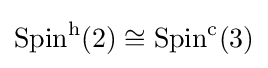
\operatorname {Spin} ^{\mathrm {h} }(2)\cong \operatorname {Spin} ^{\mathrm {c} }(3)